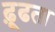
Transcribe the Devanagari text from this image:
ढ़ूढता